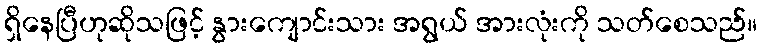
ရှိနေပြီဟုဆိုသဖြင့် နွားကျောင်းသား အရွယ် အားလုံးကို သတ်စေသည်။